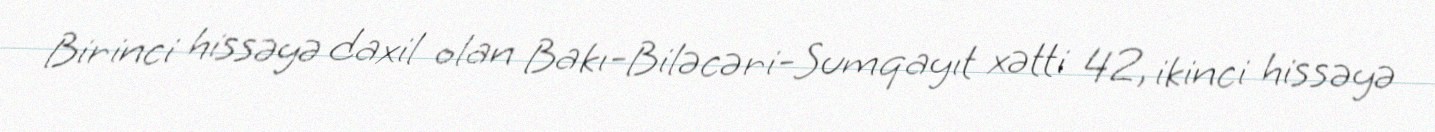
Birinci hissəyə daxil olan Bakı-Biləcəri-Sumqayıt xətti 42, ikinci hissəyə